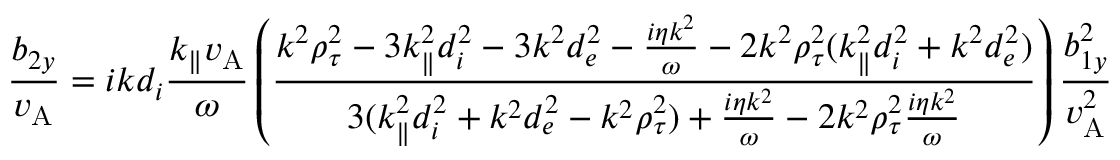
\frac { b _ { 2 y } } { v _ { \mathrm { A } } } = i k d _ { i } \frac { k _ { \parallel } v _ { \mathrm { A } } } { \omega } \left( \frac { k ^ { 2 } \rho _ { \tau } ^ { 2 } - 3 k _ { \parallel } ^ { 2 } d _ { i } ^ { 2 } - 3 k ^ { 2 } d _ { e } ^ { 2 } - \frac { i \eta k ^ { 2 } } { \omega } - 2 k ^ { 2 } \rho _ { \tau } ^ { 2 } ( k _ { \parallel } ^ { 2 } d _ { i } ^ { 2 } + k ^ { 2 } d _ { e } ^ { 2 } ) } { 3 ( k _ { \parallel } ^ { 2 } d _ { i } ^ { 2 } + k ^ { 2 } d _ { e } ^ { 2 } - k ^ { 2 } \rho _ { \tau } ^ { 2 } ) + \frac { i \eta k ^ { 2 } } { \omega } - 2 k ^ { 2 } \rho _ { \tau } ^ { 2 } \frac { i \eta k ^ { 2 } } { \omega } } \right) \frac { b _ { 1 y } ^ { 2 } } { v _ { \mathrm { A } } ^ { 2 } }